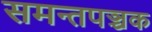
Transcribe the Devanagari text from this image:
समन्तपञ्चक